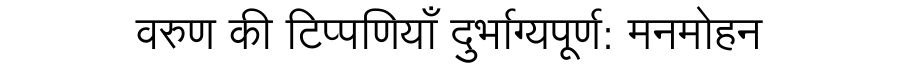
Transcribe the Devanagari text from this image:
वरुण की टिप्पणियाँ दुर्भाग्यपूर्ण: मनमोहन